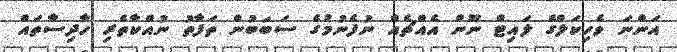
އަންނަ ވެހިކަލްގެ ލައިޓް ނޫން އެއްޗެއް ނުފެނުމުގެ ސަބަބުން ތަފާތު ނުއްކާތެރި ހާދިސާތައް